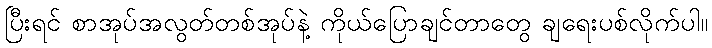
ပြီးရင် စာအုပ်အလွတ်တစ်အုပ်နဲ့ ကိုယ်ပြောချင်တာတွေ ချရေးပစ်လိုက်ပါ။